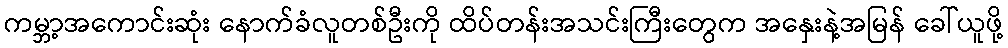
ကမ္ဘာ့အကောင်းဆုံး နောက်ခံလူတစ်ဦးကို ထိပ်တန်းအသင်းကြီးတွေက အနှေးနဲ့အမြန် ခေါ်ယူဖို့